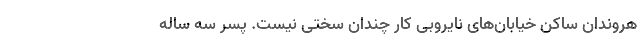
هروندان ساکن خیابان‌های نایروبی کار چندان سختی نیست. پسر سه ساله